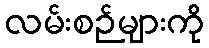
လမ်းစဉ်များကို